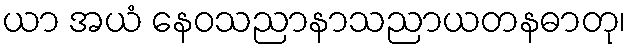
ယာ အယံ နေဝသညာနာသညာယတနဓာတု၊